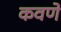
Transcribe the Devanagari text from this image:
कवणे